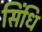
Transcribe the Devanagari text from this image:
सिंधि